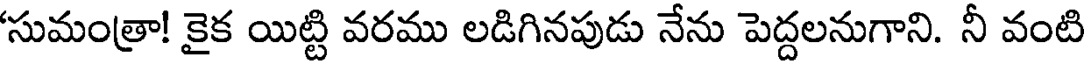
'సుమంత్రా! కైక యిట్టి వరము లడిగినపుడు నేను పెద్దలనుగాని. నీ వంటి